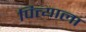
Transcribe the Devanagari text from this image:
पित्त्याला